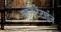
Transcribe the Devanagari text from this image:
कान्स्टेंटाईन